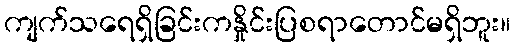
ကျက်သရေရှိခြင်းကနှိုင်းပြစရာတောင်မရှိဘူး။